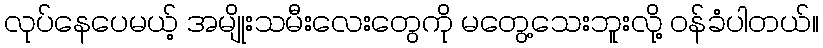
လုပ်နေပေမယ့် အမျိုးသမီးလေးတွေကို မတွေ့သေးဘူးလို့ ဝန်ခံပါတယ်။